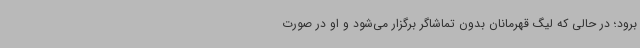
برود؛ در حالی که لیگ قهرمانان بدون تماشاگر برگزار می‌شود و او در صورت